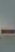
-